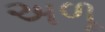
અળૂ